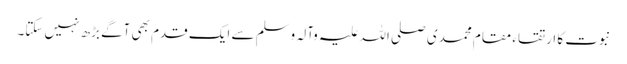
نبوت کا ارتقاء مقام محمدی صلی اللہ علیہ وآلہ وسلم سے ایک قدم بھی آگے بڑھ نہیں سکتا۔